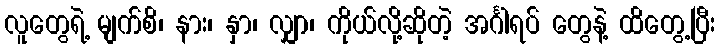
လူတွေရဲ့ မျက်စိ၊ နား၊ နှာ၊ လျှာ၊ ကိုယ်လို့ဆိုတဲ့ အင်္ဂါရပ် တွေနဲ့ ထိတွေ့ပြီး